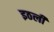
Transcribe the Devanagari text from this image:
इठली